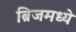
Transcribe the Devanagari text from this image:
ब्रिजमध्ये